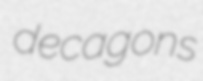
decagons